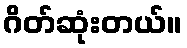
ဂိတ်ဆုံးတယ်။